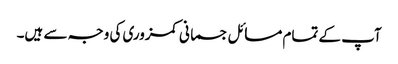
آپ کے تمام مسائل جسمانی کمزوری کی وجہ سے ہیں۔